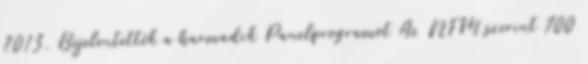
2013. Bejelentették a harmadik Panelprogramot Az NFM szerint 700